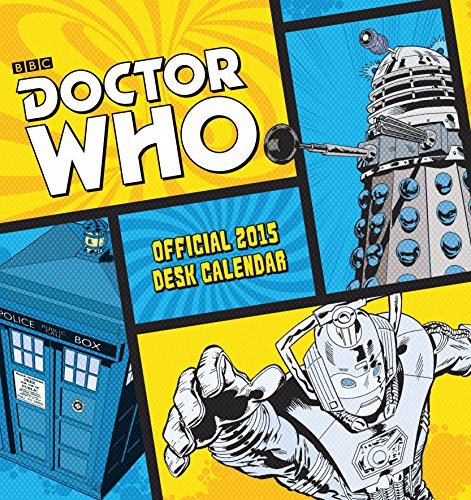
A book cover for Official Doctor Who 2015 Desk Easel Calendar; Calendars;